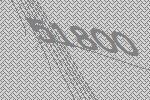
51800